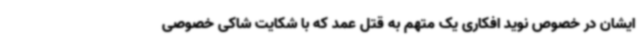
ایشان در خصوص نوید افکاری یک متهم به قتل عمد که با شکایت شاکی خصوصی